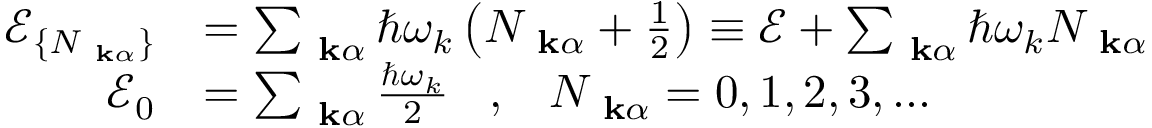
\begin{array} { r l } { \mathcal { E } _ { \{ N _ { \mathrm { \bf ~ k } \alpha } \} } } & { = \sum _ { \mathrm { \bf ~ k } \alpha } \hbar \omega _ { k } \left( N _ { \mathrm { \bf ~ k } \alpha } + \frac { 1 } { 2 } \right) \equiv \mathcal { E } + \sum _ { \mathrm { \bf ~ k } \alpha } \hbar \omega _ { k } N _ { \mathrm { \bf ~ k } \alpha } } \\ { \mathcal { E } _ { 0 } } & { = \sum _ { \mathrm { \bf ~ k } \alpha } \frac { \hbar \omega _ { k } } { 2 } \; \; \; , \; \; \; N _ { \mathrm { \bf ~ k } \alpha } = 0 , 1 , 2 , 3 , . . . } \end{array}